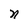
Character: n